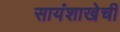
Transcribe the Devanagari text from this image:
सायंशाखेची